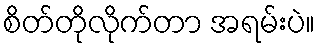
စိတ်တိုလိုက်တာ အရမ်းပဲ။